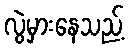
လွဲမှားနေသည့်